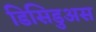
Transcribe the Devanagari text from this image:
डिसिडुअस